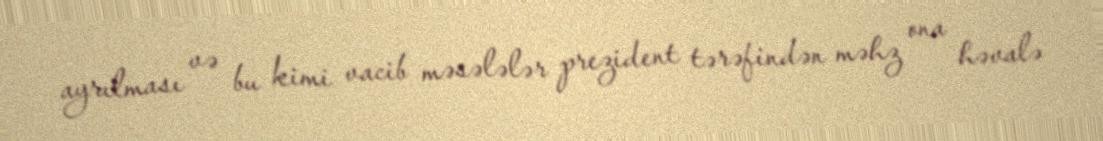
ayrılması və bu kimi vacib məsələlər prezident tərəfindən məhz ona həvalə